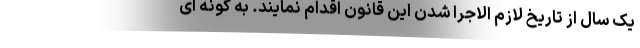
یک سال از تاریخ لازم الاجرا شدن این قانون اقدام نمایند. به گونه ای